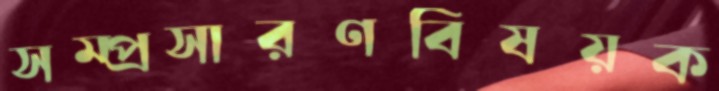
সম্প্রসারণবিষয়ক